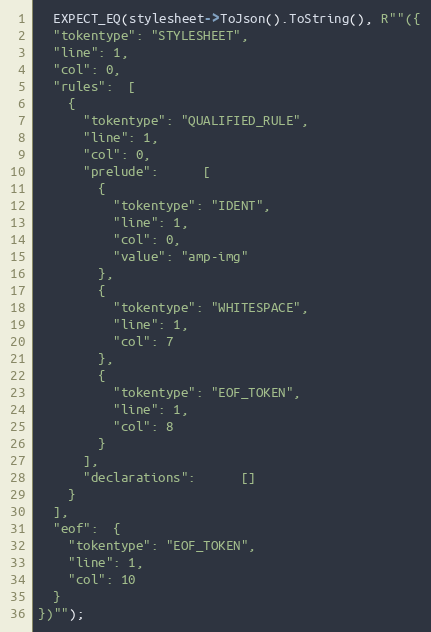
Language: C++
  EXPECT_EQ(stylesheet->ToJson().ToString(), R""({
  "tokentype": "STYLESHEET",
  "line": 1,
  "col": 0,
  "rules":  [
    {
      "tokentype": "QUALIFIED_RULE",
      "line": 1,
      "col": 0,
      "prelude":      [
        {
          "tokentype": "IDENT",
          "line": 1,
          "col": 0,
          "value": "amp-img"
        },
        {
          "tokentype": "WHITESPACE",
          "line": 1,
          "col": 7
        },
        {
          "tokentype": "EOF_TOKEN",
          "line": 1,
          "col": 8
        }
      ],
      "declarations":      []
    }
  ],
  "eof":  {
    "tokentype": "EOF_TOKEN",
    "line": 1,
    "col": 10
  }
})"");